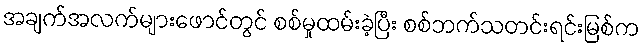
အချက်အလက်များဖောင်တွင် စစ်မှုထမ်းခဲ့ပြီး စစ်ဘက်သတင်းရင်းမြစ်က